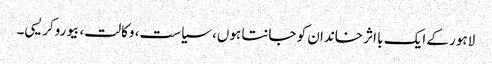
لاہور کے ایک با اثر خاندان کو جانتا ہوں، سیاست، وکالت، بیوروکریسی۔